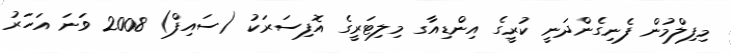
މިފިލްމުން ފެނިގެންދަނީ ކުރީގެ އިންޑިއާގ މިލިޓަރީގެ އޮފިސަރަކު (ސައިފް) 2008 ވަނަ އަހަރު